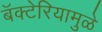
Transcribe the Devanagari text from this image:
बॅक्टेरियामुळे